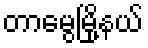
တာမွေမြို့နယ်